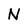
Character: N